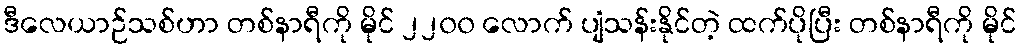
ဒီလေယာဉ်သစ်ဟာ တစ်နာရီကို မိုင် ၂၂၀၀ လောက် ပျံသန်းနိုင်တဲ့ ထက်ပိုပြီး တစ်နာရီကို မိုင်